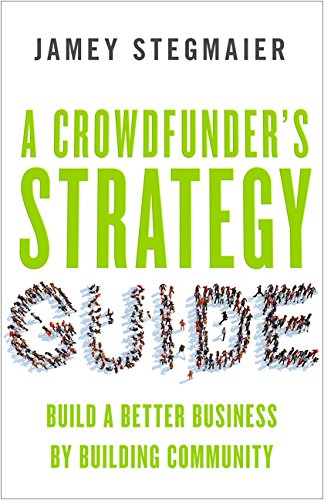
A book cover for A Crowdfunder's Strategy Guide: Build a Better Business by Building Community; Jamey Stegmaier; Computers & Technology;